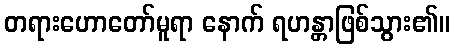
တရားဟောတော်မူရာ နောက် ရဟန္တာဖြစ်သွား၏။